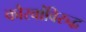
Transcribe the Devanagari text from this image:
कौरवांविरुद्ध